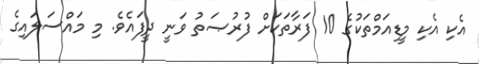
އެކި އެކި މީޑިއަމްތަކުގެ 10 ފަރާތަކަށް ފުރުޞަތު ވަނީ ދީފައެވެ. މި މައްސަލައިގެ